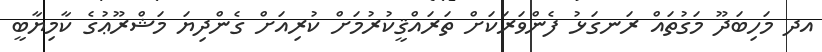
އދ މަހިބަދޫ މަގުތައް ރަނގަޅު ފެންވަރަކަށް ތަރައްޤީކުރުމަށް ކުރިއަށް ގެންދިޔަ މަޝްރޫޢުގެ ކާމިޔާބީ